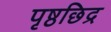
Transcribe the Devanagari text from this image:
पृष्ठछिद्र